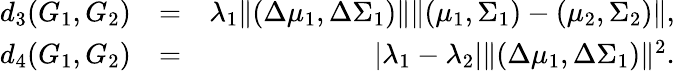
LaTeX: \begin{array}{rlr}{d_{3}(G_{1},G_{2})}&{=}&{\lambda_{1}\| (\Delta\mu_{1},\Delta\Sigma_{1})\| \| (\mu_{1},\Sigma_{1})-(\mu_{2},\Sigma_{2})\| ,}\\ {d_{4}(G_{1},G_{2})}&{=}&{|\lambda_{1}-\lambda_{2}|\| (\Delta\mu_{1},\Delta\Sigma_{1})\| ^{2}.}\end{array}